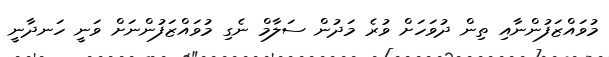
މުވައްޒަފުންނާއި ތިން ދުވަހަށް ވުރެ މަދުން ސަލާމް ނެގި މުވައްޒަފުންނަށް ވަނީ ހަނދާނީ